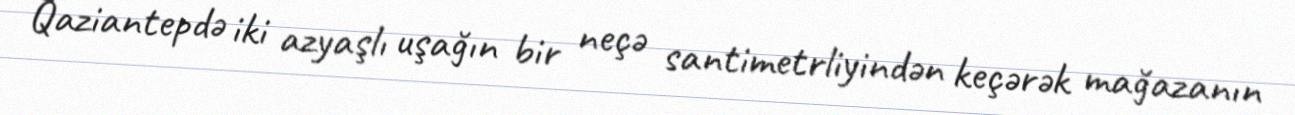
Qaziantepdə iki azyaşlı uşağın bir neçə santimetrliyindən keçərək mağazanın